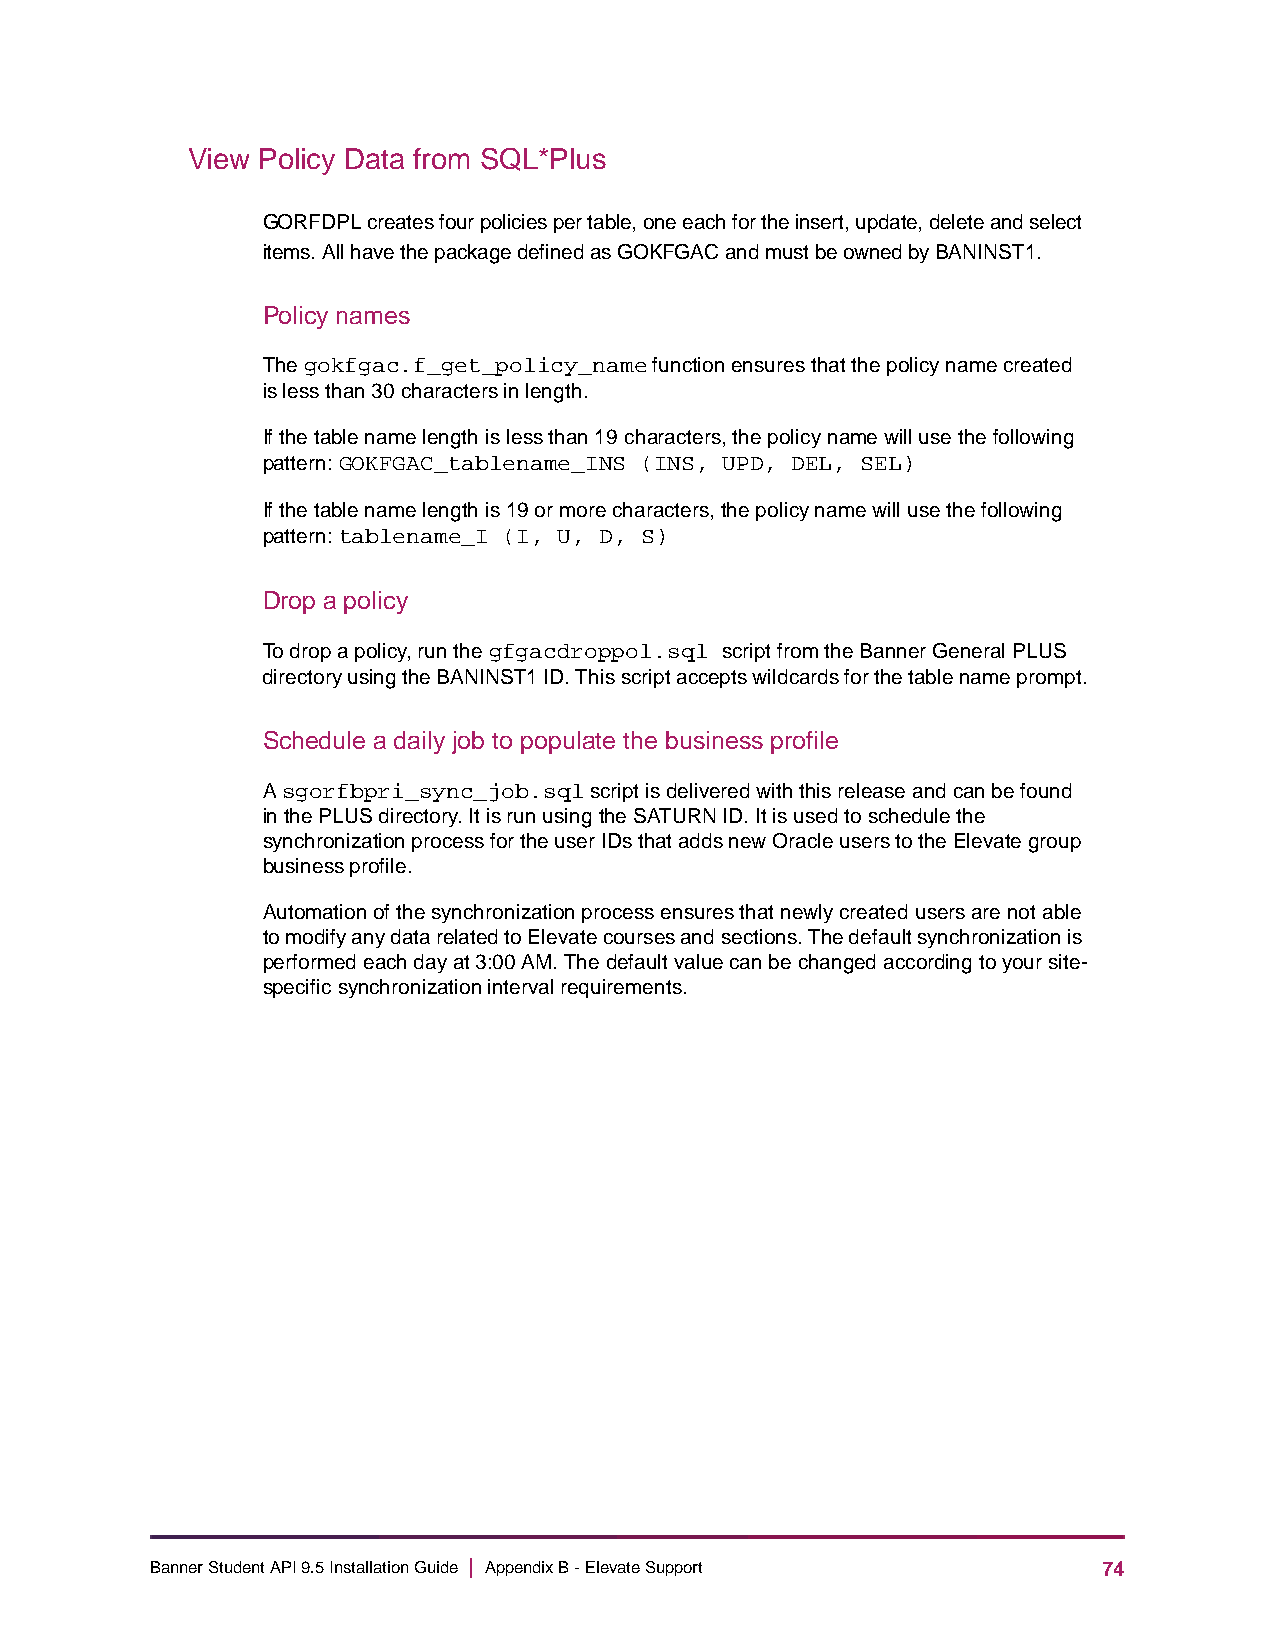
View Policy Data from SQL*Plus
 GORFDPL creates four policies per table, one each for the insert, update, delete and select
 items. All have the package defined as GOKFGAC and must be owned by BANINST1.
 Policy names
 The gokfgac.f_get_policy_name function ensures that the policy name created
 is less than 30 characters in length.
 If the table name length is less than 19 characters, the policy name will use the following
 pattern: GOKFGAC_tablename_INS (INS, UPD, DEL, SEL)
 If the table name length is 19 or more characters, the policy name will use the following
 pattern: tablename_I (I, U, D, S)
 Drop a policy
 To drop a policy, run the gfgacdroppol.sql script from the Banner General PLUS
 directory using the BANINST1 ID. This script accepts wildcards for the table name prompt.
 Schedule a daily job to populate the business profile
 A sgorfbpri_sync_job.sql script is delivered with this release and can be found
 in the PLUS directory. It is run using the SATURN ID. It is used to schedule the
 synchronization process for the user IDs that adds new Oracle users to the Elevate group
 business profile.
 Automation of the synchronization process ensures that newly created users are not able
 to modify any data related to Elevate courses and sections. The default synchronization is
 performed each day at 3:00 AM. The default value can be changed according to your site-
 specific synchronization interval requirements.
 Banner Student API 9.5 Installation Guide | Appendix B - Elevate Support 74